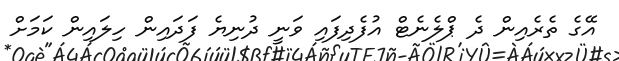
އޭގެ ތެރެއިން ދެ ޕްލެނެޓް އުފެދިފައި ވަނީ ދުނިޔެ ފަދައިން ހިލައިން ކަމަށް